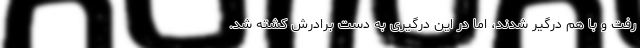
رفت و با هم درگیر شدند، اما در این درگیری به دست برادرش کشته شد.